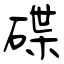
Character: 碟